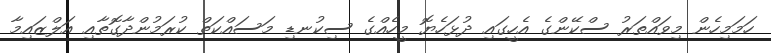
ހަމަމިހެން މިވައްތަރު ސްކޭންގެ އެހީގައި ދުޅަހެޔޮ މީހެއްގެ ސިކުނޑި މަސައްކަތް ކުރަމުންދާގޮތާއި އަލްޒައިމާ